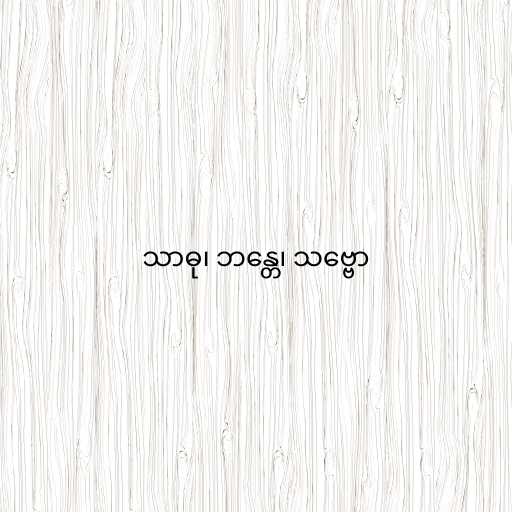
သာဓု၊ ဘန္တေ၊ သဗ္ဗော